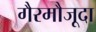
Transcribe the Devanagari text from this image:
गैरमौजूदा